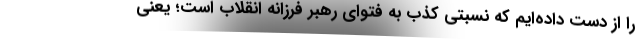
را از دست داده‌ایم که نسبتی کذب به فتوای رهبر فرزانه انقلاب است؛ یعنی